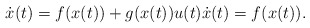
\begin{align*}\dot{x}(t) = f(x(t)) + g(x(t))u(t) \dot{x}(t) &= f(x(t)).\end{align*}